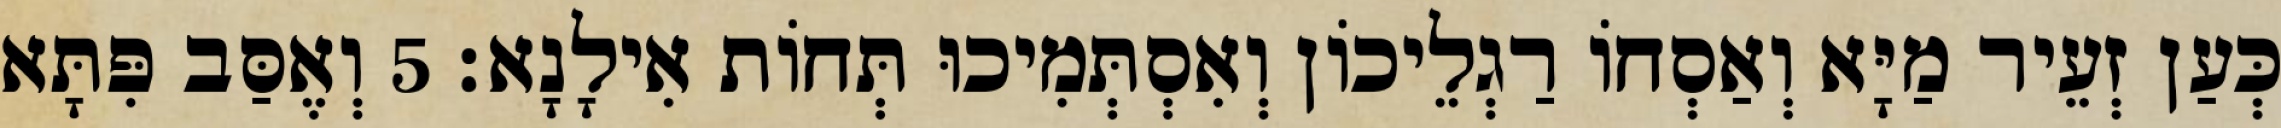
כְּעַן זְעֵיר מַיָּא וְאַסְחוֹ רַגְלֵיכוֹן וְאִסְתְּמִיכוּ תְּחוֹת אִילָנָא׃ 5 וְאֶסַּב פִּתָּא